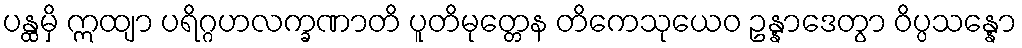
ပန္ထမှိ ဣထျာ ပရိဂ္ဂဟလက္ခဏာတိ ပူတိမုတ္တေန တိကေသုယေဝ ဥန္နာဒေတွာ ဝိပ္ပသန္နော